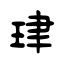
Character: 珒